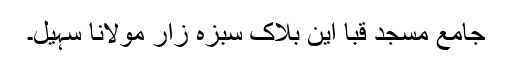
جامع مسجد قبا این بلاک سبزہ زار مولانا سہیل۔